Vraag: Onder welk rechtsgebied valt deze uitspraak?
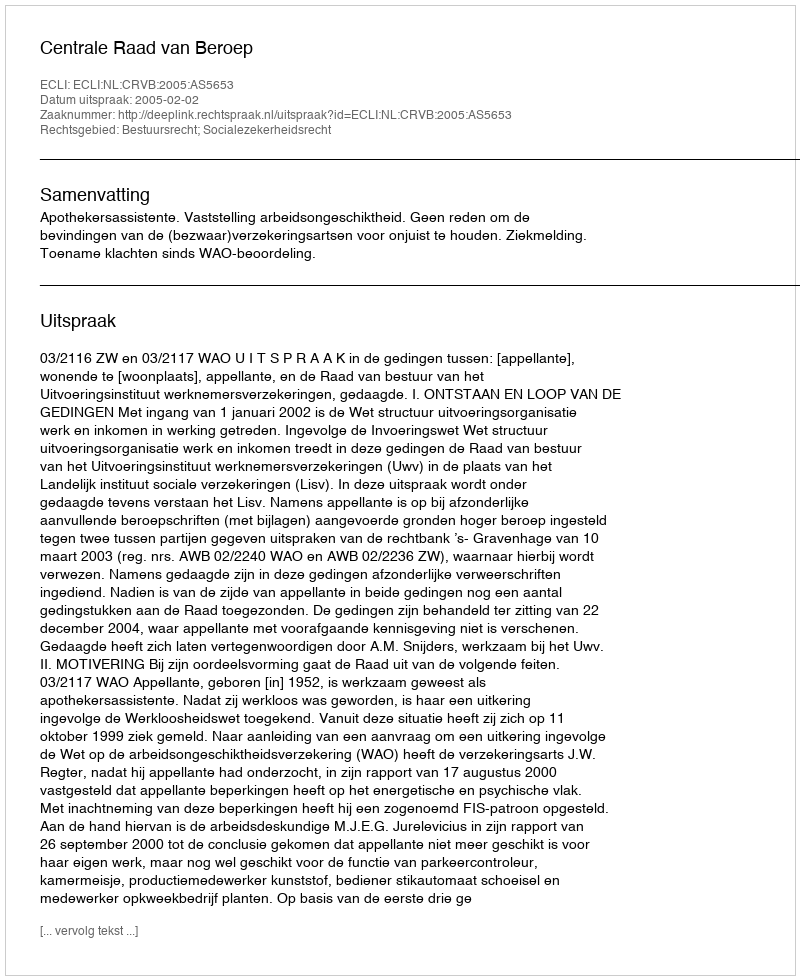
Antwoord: Bestuursrecht; Socialezekerheidsrecht